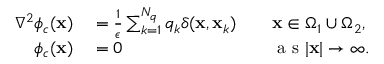
\begin{array} { r l r l } { \nabla ^ { 2 } \phi _ { c } ( \mathbf { x } ) } & { { } = \frac { 1 } { \epsilon } \sum _ { k = 1 } ^ { N _ { q } } q _ { k } \delta ( \mathbf { x } , \mathbf { x } _ { k } ) } & { } & { { } \mathbf { x } \in \Omega _ { 1 } \cup \Omega _ { 2 } , } \\ { \phi _ { c } ( \mathbf { x } ) } & { { } = 0 } & { } & { { } \mathrm { ~ a ~ s ~ } | \mathbf { x } | \to \infty . } \end{array}